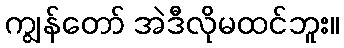
ကျွန်တော် အဲဒီလိုမထင်ဘူး။